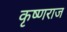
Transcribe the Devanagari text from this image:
कृष्‍णराज